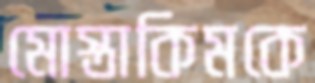
মোস্তাকিমকে